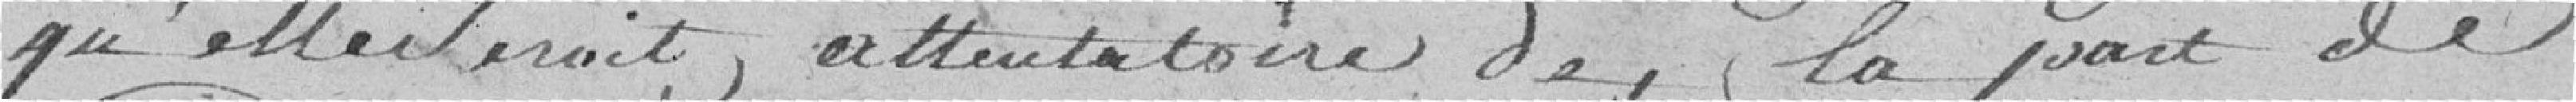
qu'elle serait attentatoire de la part de